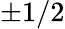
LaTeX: \pm 1/2